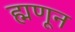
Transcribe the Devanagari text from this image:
ह्मणून